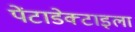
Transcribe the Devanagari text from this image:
पेंटाडेक्टाइला